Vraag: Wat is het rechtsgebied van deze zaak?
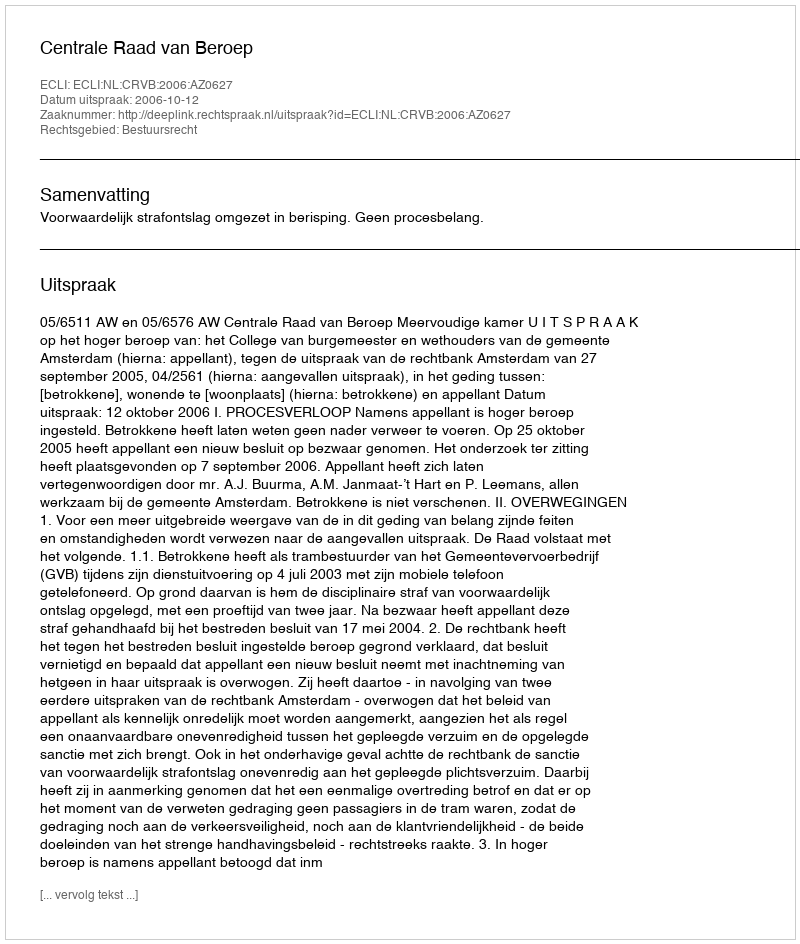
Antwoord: Bestuursrecht